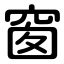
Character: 窗